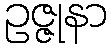
ဥဇ္ဇုနာ